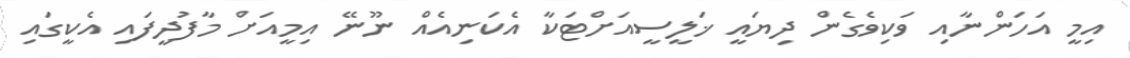
އިމީ އަހަންނާއި ވަކިވެގެން ދިޔައީ ޚަލީސީއަށްޓަކާ އެކަނިއެއް ނޫނޭ އިމީއަށް މާފުދީފައި އެކީގައި